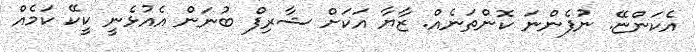
އެކަންޏޭ. ނުފެންނަ ކޮންތަނެއް. ޒާޔާ އަކަށް ޝާރިފް ބުނަން އެއުޅެނީ ކީކޭ ކަމެއް